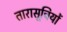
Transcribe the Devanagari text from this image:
तारासूचियों